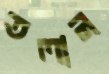
তলান